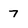
Character: 7